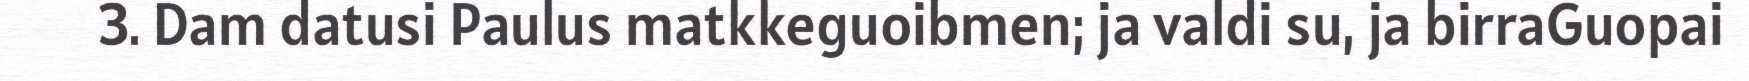
3. Dam datusi Paulus matkkeguoibmen; ja valdi su, ja birraGuopai